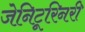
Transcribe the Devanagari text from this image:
जेनिटूरिनरी